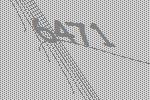
6471